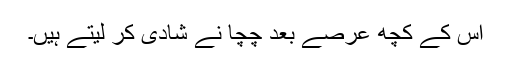
اس کے کچھ عرصے بعد چچا نے شادی کر لیتے ہیں۔